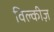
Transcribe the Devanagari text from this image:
विल्कीज़